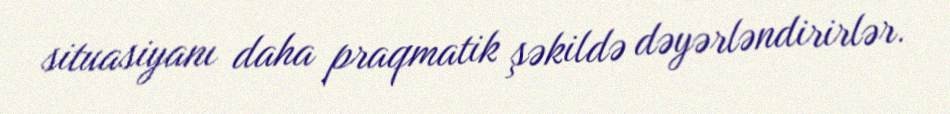
situasiyanı daha praqmatik şəkildə dəyərləndirirlər.